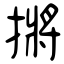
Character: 摪